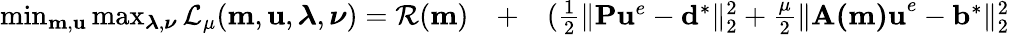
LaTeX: \begin{array}{rlr}{\operatorname*{min}_{\mathbf{m},\mathbf{u}}\operatorname*{max}_{\boldsymbol{\lambda},\boldsymbol{\nu}}\mathcal{L}_{\mu}(\mathbf{m},\mathbf{u},\boldsymbol{\lambda},\boldsymbol{\nu})=\mathcal{R}(\mathbf{m})}&{{}+}&{(\frac{1}{2}\| \mathbf{P}\mathbf{u}^{e}-\mathbf{d}^{*}\| _{2}^{2}+\frac{\mu}{2}\| \mathbf{A(m)u}^{e}-\mathbf{b}^{*}\| _{2}^{2}}\end{array}